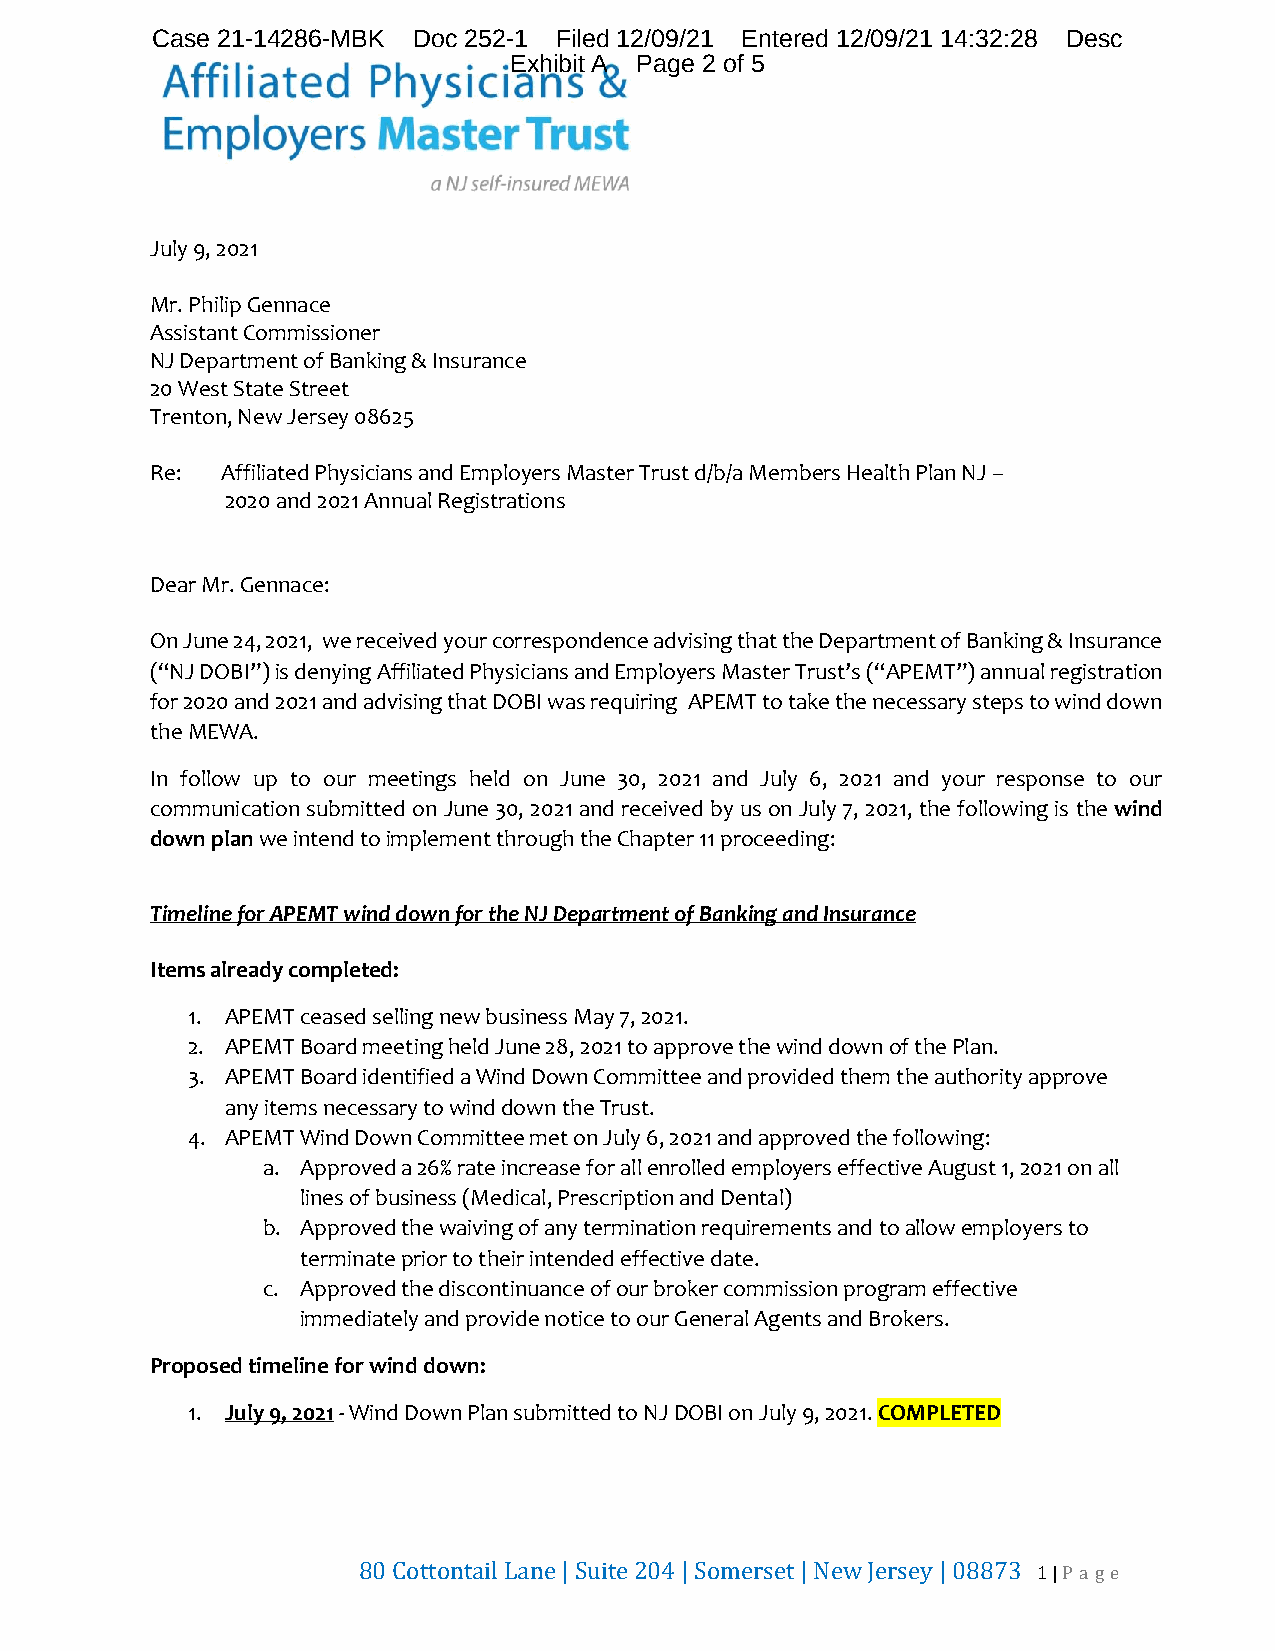
Case 21-14286-MBK Doc 252-1 Filed 12/0 9/21 Entered 12/09/21 14:32:28 Desc
 Exhibit A Page 2 of 5
 July 9, 2021
 Mr. Philip Gennace
 Assistant Commissioner
 NJ Department of Banking & Insurance
 20 West State Street
 Trenton, New Jersey 08625
 Re:  Affiliated Physicians and Employers Master Trust d/b/a Members Health Plan NJ –
 2020 and 2021 Annual Registrations
 Dear Mr. Gennace:
 On June 24, 2021, we received your correspondence advising that the Department of Banking & Insurance
 (“NJ DOBI”) is denying Affiliated Physicians and Employers Master Trust’s (“APEMT”) annual registration
 for 2020 and 2021 and advising that DOBI was requiring APEMT to take the necessary steps to wind down
 the MEWA.
 In follow up to our meetings held on June 30, 2021 and July 6, 2021 and your response to our
 communication submitted on June 30, 2021 and received by us on July 7, 2021, the following is the wind
 down plan we intend to implement through the Chapter 11 proceeding:
 Timeline for APEMT wind down for the NJ Department of Banking and Insurance
 Items already completed:
 1. APEMT ceased selling new business May 7, 2021.
 2. APEMT Board meeting held June 28, 2021 to approve the wind down of the Plan.
 3. APEMT Board identified a Wind Down Committee and provided them the authority approve
 any items necessary to wind down the Trust.
 4. APEMT Wind Down Committee met on July 6, 2021 and approved the following:
 a. Approved a 26% rate increase for all enrolled employers effective August 1, 2021 on all
 lines of business (Medical, Prescription and Dental)
 b. Approved the waiving of any termination requirements and to allow employers to
 terminate prior to their intended effective date.
 c. Approved the discontinuance of our broker commission program effective
 immediately and provide notice to our General Agents and Brokers.
 Proposed timeline for wind down:
 1. July 9, 2021 - Wind Down Plan submitted to NJ DOBI on July 9, 2021. COMPLETED
 80 Cottontail Lane | Suite 204 | Somerset | New Jersey | 08873 1 | P a ge